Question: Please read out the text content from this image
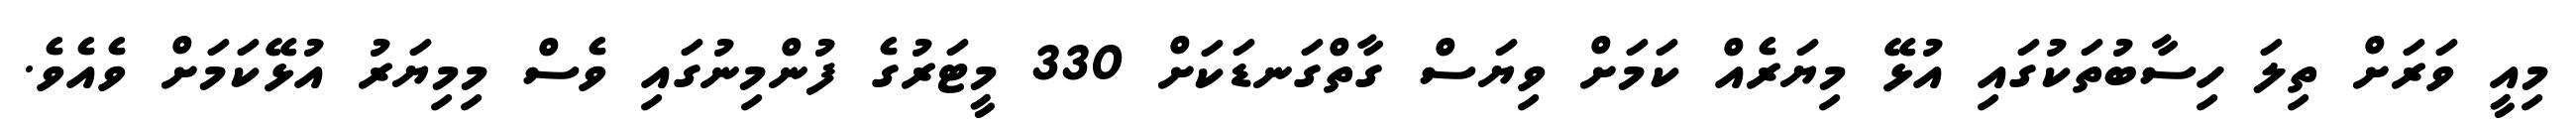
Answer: މިއީ ވަރަށް ތިލަ ހިސާބުތަކުގައި އުޅޭ މިޔަރެއް ކަމަށް ވިޔަސް ގާތްގަނޑަކަށް 330 މީޓަރުގެ ފުންމިނުގައި ވެސް މިމިޔަރު އުޅޭކަމަށް ވެއެވެ.